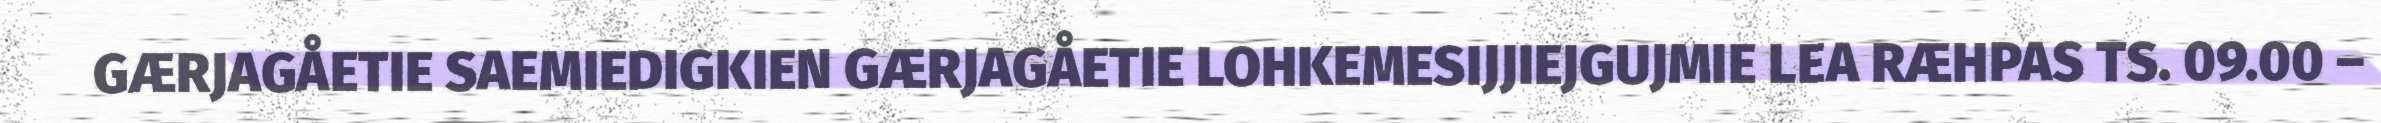
GÆRJAGÅETIE SAEMIEDIGKIEN GÆRJAGÅETIE LOHKEMESIJJIEJGUJMIE LEA RÆHPAS TS. 09.00 –